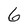
Character: 6